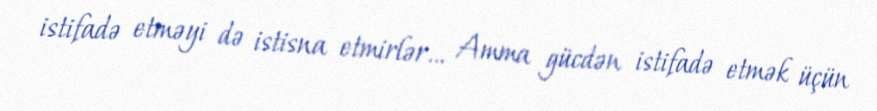
istifadə etməyi də istisna etmirlər... Amma gücdən istifadə etmək üçün